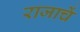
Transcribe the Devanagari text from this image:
राजाचें